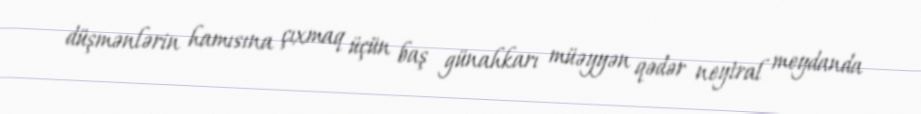
düşmənlərin hamısına çıxmaq üçün baş günahkarı müəyyən qədər neytral meydanda